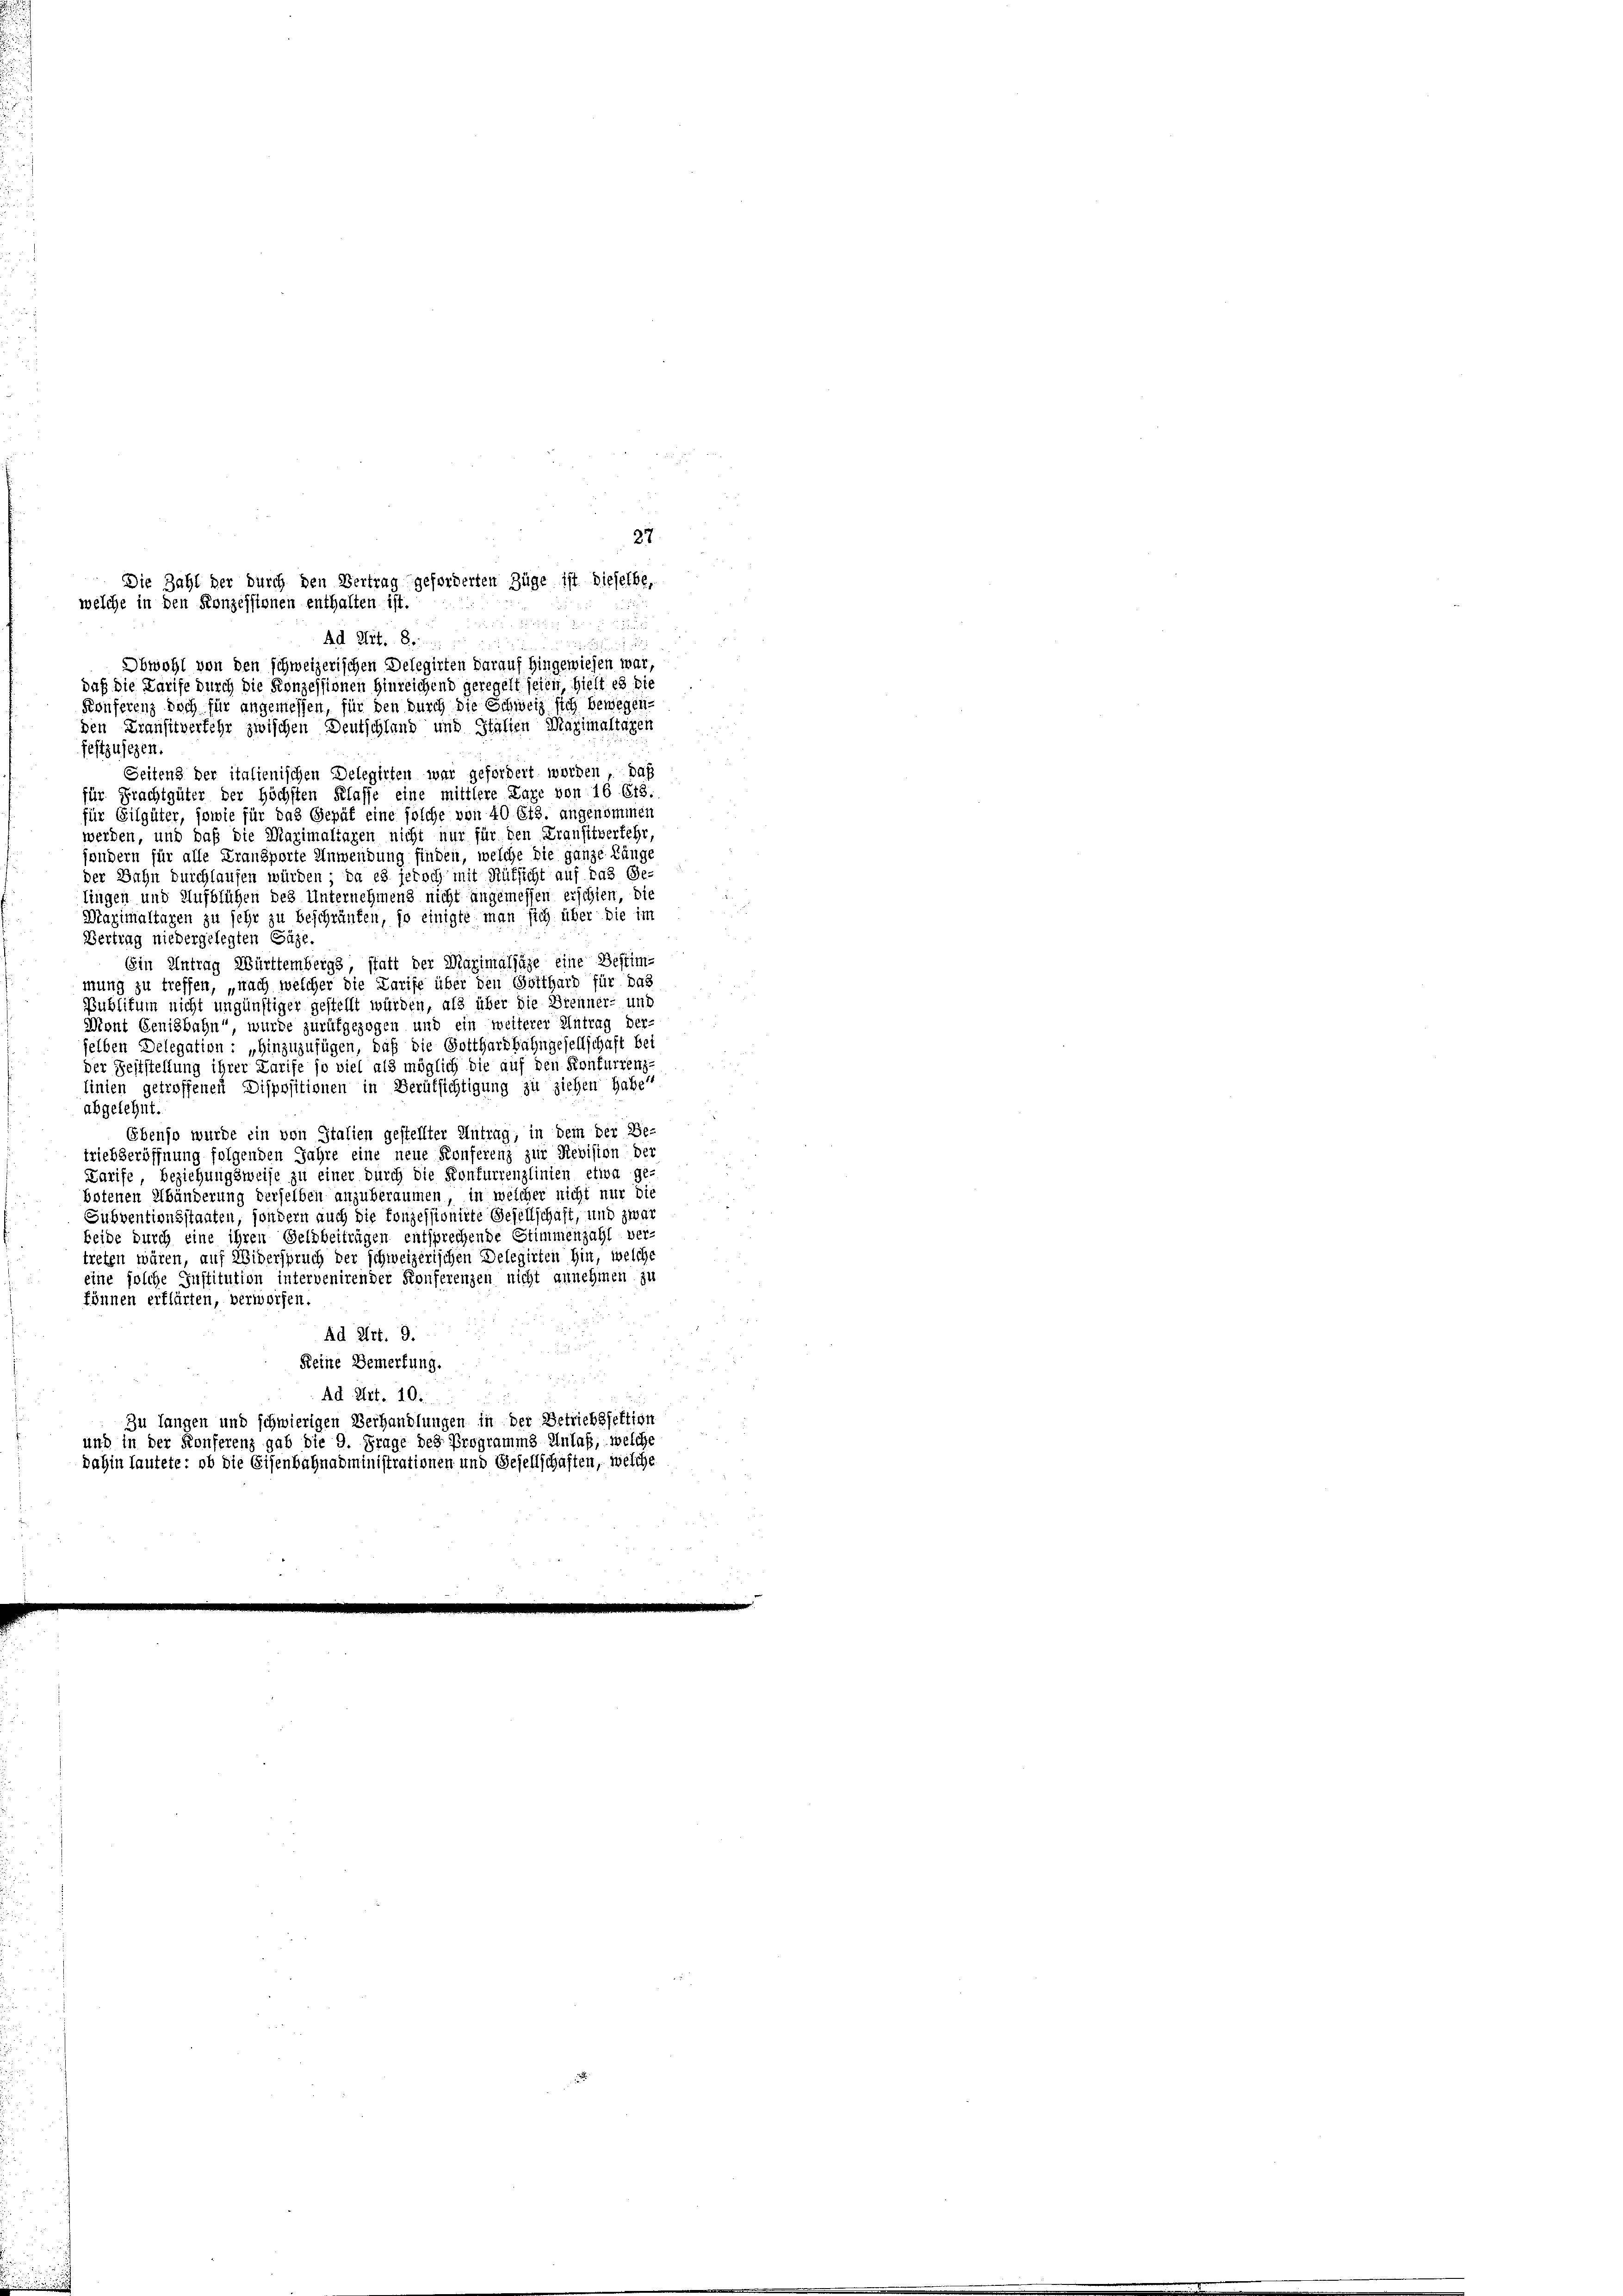
27
Die Zahl der durch den Vertrag geforderten Züge ist dieselbe,
welche in den Konzessionen enthalten ist.
5

Ad Art. 8

Obwohl von den schweizerischen Delegirten darauf hingewiesen war,
daß die Larife durch die Konzessionen hinreichend geregelt seien, hielt es die
Konferenz doch für angemessen, für den durch die Schweiz sich bewegen
den Krausitverfehr zwischen Deutschland und Stallen Maximaltagen
festzusehen.
Seitens der italienischen Delegirten war gefordert werden, daß
für Frachtgüter der höchsten Klasse eine mittlere Lage von 16 Ets.
für Gilgüter, sowie für das Gepät eine solche von 40 Cts. angenommen
werden, und daß die Maximaltaxen nicht nur für den Transitverkehr,
sondern für alle Fransporte Anwendung finden, welche die ganze Länge

lingen und Aufblühen des Unternehmens nicht angemessen erschien, die
Maximaltagen zu sehr zu beschränken, so einigte man sich über die im
Vertrag niedergelegten Gähe.
Ein Antrag Württembergs, statt der Maximaljäge eine Bestimmung zu treffen, „nach welcher die Karife über den Gotthard für das
Publitum nicht ungünstiger gestellt würden, als über die Brenner- und
Mont Genisbahn“, wurde zurükgezogen und ein weiterer Antrag der-
selben Delegation: „Hinzuzufügen, daß die Gotthardbahngesellschaft bei
der Feststellung ihrer Larife so viel als möglich die auf den Konfurrenz-
linien getroffenen Dispositionen in Berüksichtigung zu ziehen habe.
abgelehnt.
Ebenso wurde ein von Italien gestellter Antrag, in dem der Be-
triebseröffnung folgenden Jahre eine neue Konferenz zur Revision der
Karife, beziehungsweise zu einer durch die Konfurrenzlinien etwa ge-
botenen Abänderung derselben anzuberaumen, in welcher nicht nur die
Subventionsstaaten, sondern auch die Konzessionirte Gesellschaft, und zwar
beide durch eine ihren Geldbeiträgen entsprechende Stimmenzahl ver-
treten wären, auf Widerspruch der schweizerischen Delegirten hin, welche
eine solche Institution intervenirender Konferenzen nicht annehmen zu
können erklärten, verworfen.
Ad Art. 9.
Keine Bemerkung.
Ad Art. 10.
Zu langen und schwierigen Verhandlungen in der Betriebssektion
und in der Konferenz gab die 9. Frage des Programms Anlaß, welche
dahin lautete: ob die Eisenbahnadministrationen und Besellschaften, welche

der Bahn durchlaufen würden; da es jedoch mit Rüksicht auf das Ge-